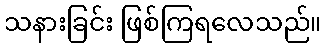
သနားခြင်း ဖြစ်ကြရလေသည်။